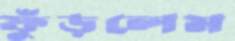
ফুঁড়লেম